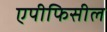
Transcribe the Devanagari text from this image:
एपीफिसील